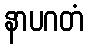
နာပဂတံ